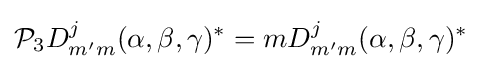
{\mathcal {P}}_{3}D_{m'm}^{j}(\alpha ,\beta ,\gamma )^{*}=mD_{m'm}^{j}(\alpha ,\beta ,\gamma )^{*}